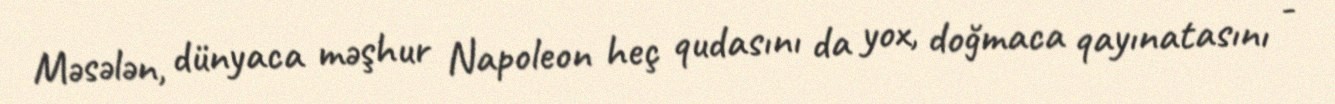
Məsələn, dünyaca məşhur Napoleon heç qudasını da yox, doğmaca qayınatasını -